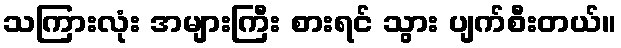
သကြားလုံး အများကြီး စားရင် သွား ပျက်စီးတယ်။